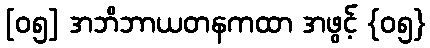
[၀၅] အဘိဘာယတနကထာ အဖွင့် {၀၅}